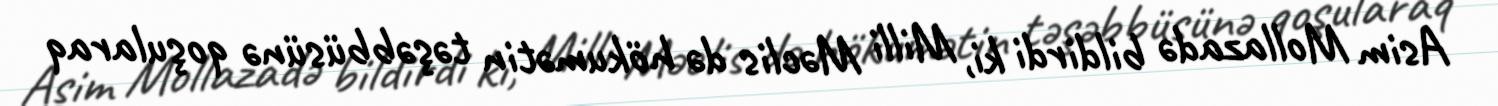
Asim Mollazadə bildirdi ki, Milli Məclis də hökumətin təşəbbüsünə qoşularaq